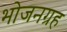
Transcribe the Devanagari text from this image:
भोजनग्रह